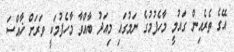
އޭގެ ތެރެއިން ގައުމީ މާހެފުމުގެ ނަމުގައި މިއަދު ބާއްވާ މާހެފުމަކީ ވަރަށް ޚާއްސަ